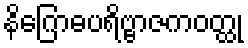
နိဂြောဓပရိဗ္ဗာဇကဝတ္ထု